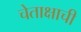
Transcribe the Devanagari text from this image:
चेताक्षाची